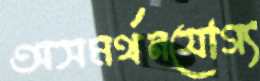
অসমর্থনযোগ্য